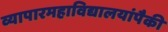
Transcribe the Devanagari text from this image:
व्यापारमहाविद्यालयांपैकी